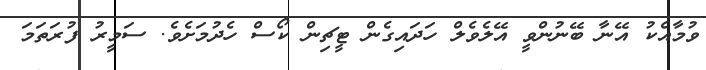
ވުމާއެކު އޭނާ ބޭނުންވީ އޭލެވެލް ހަދައިގެން ޓީޗިން ކޯސް ހެދުމަށެވެ. ސަމީރު ފުރަތަމަ